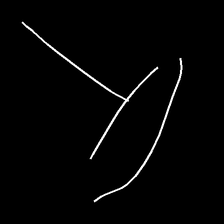
Glyph: dispersion